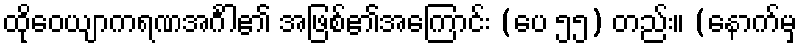
ထိုဝေယျာကရဏအင်္ဂါ၏ အဖြစ်၏အကြောင်း (ပေ ၅၅) တည်း။ (နောက်မှ